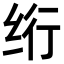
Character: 绗